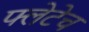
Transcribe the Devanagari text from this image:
फ्लेटेच